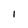
Character: 1